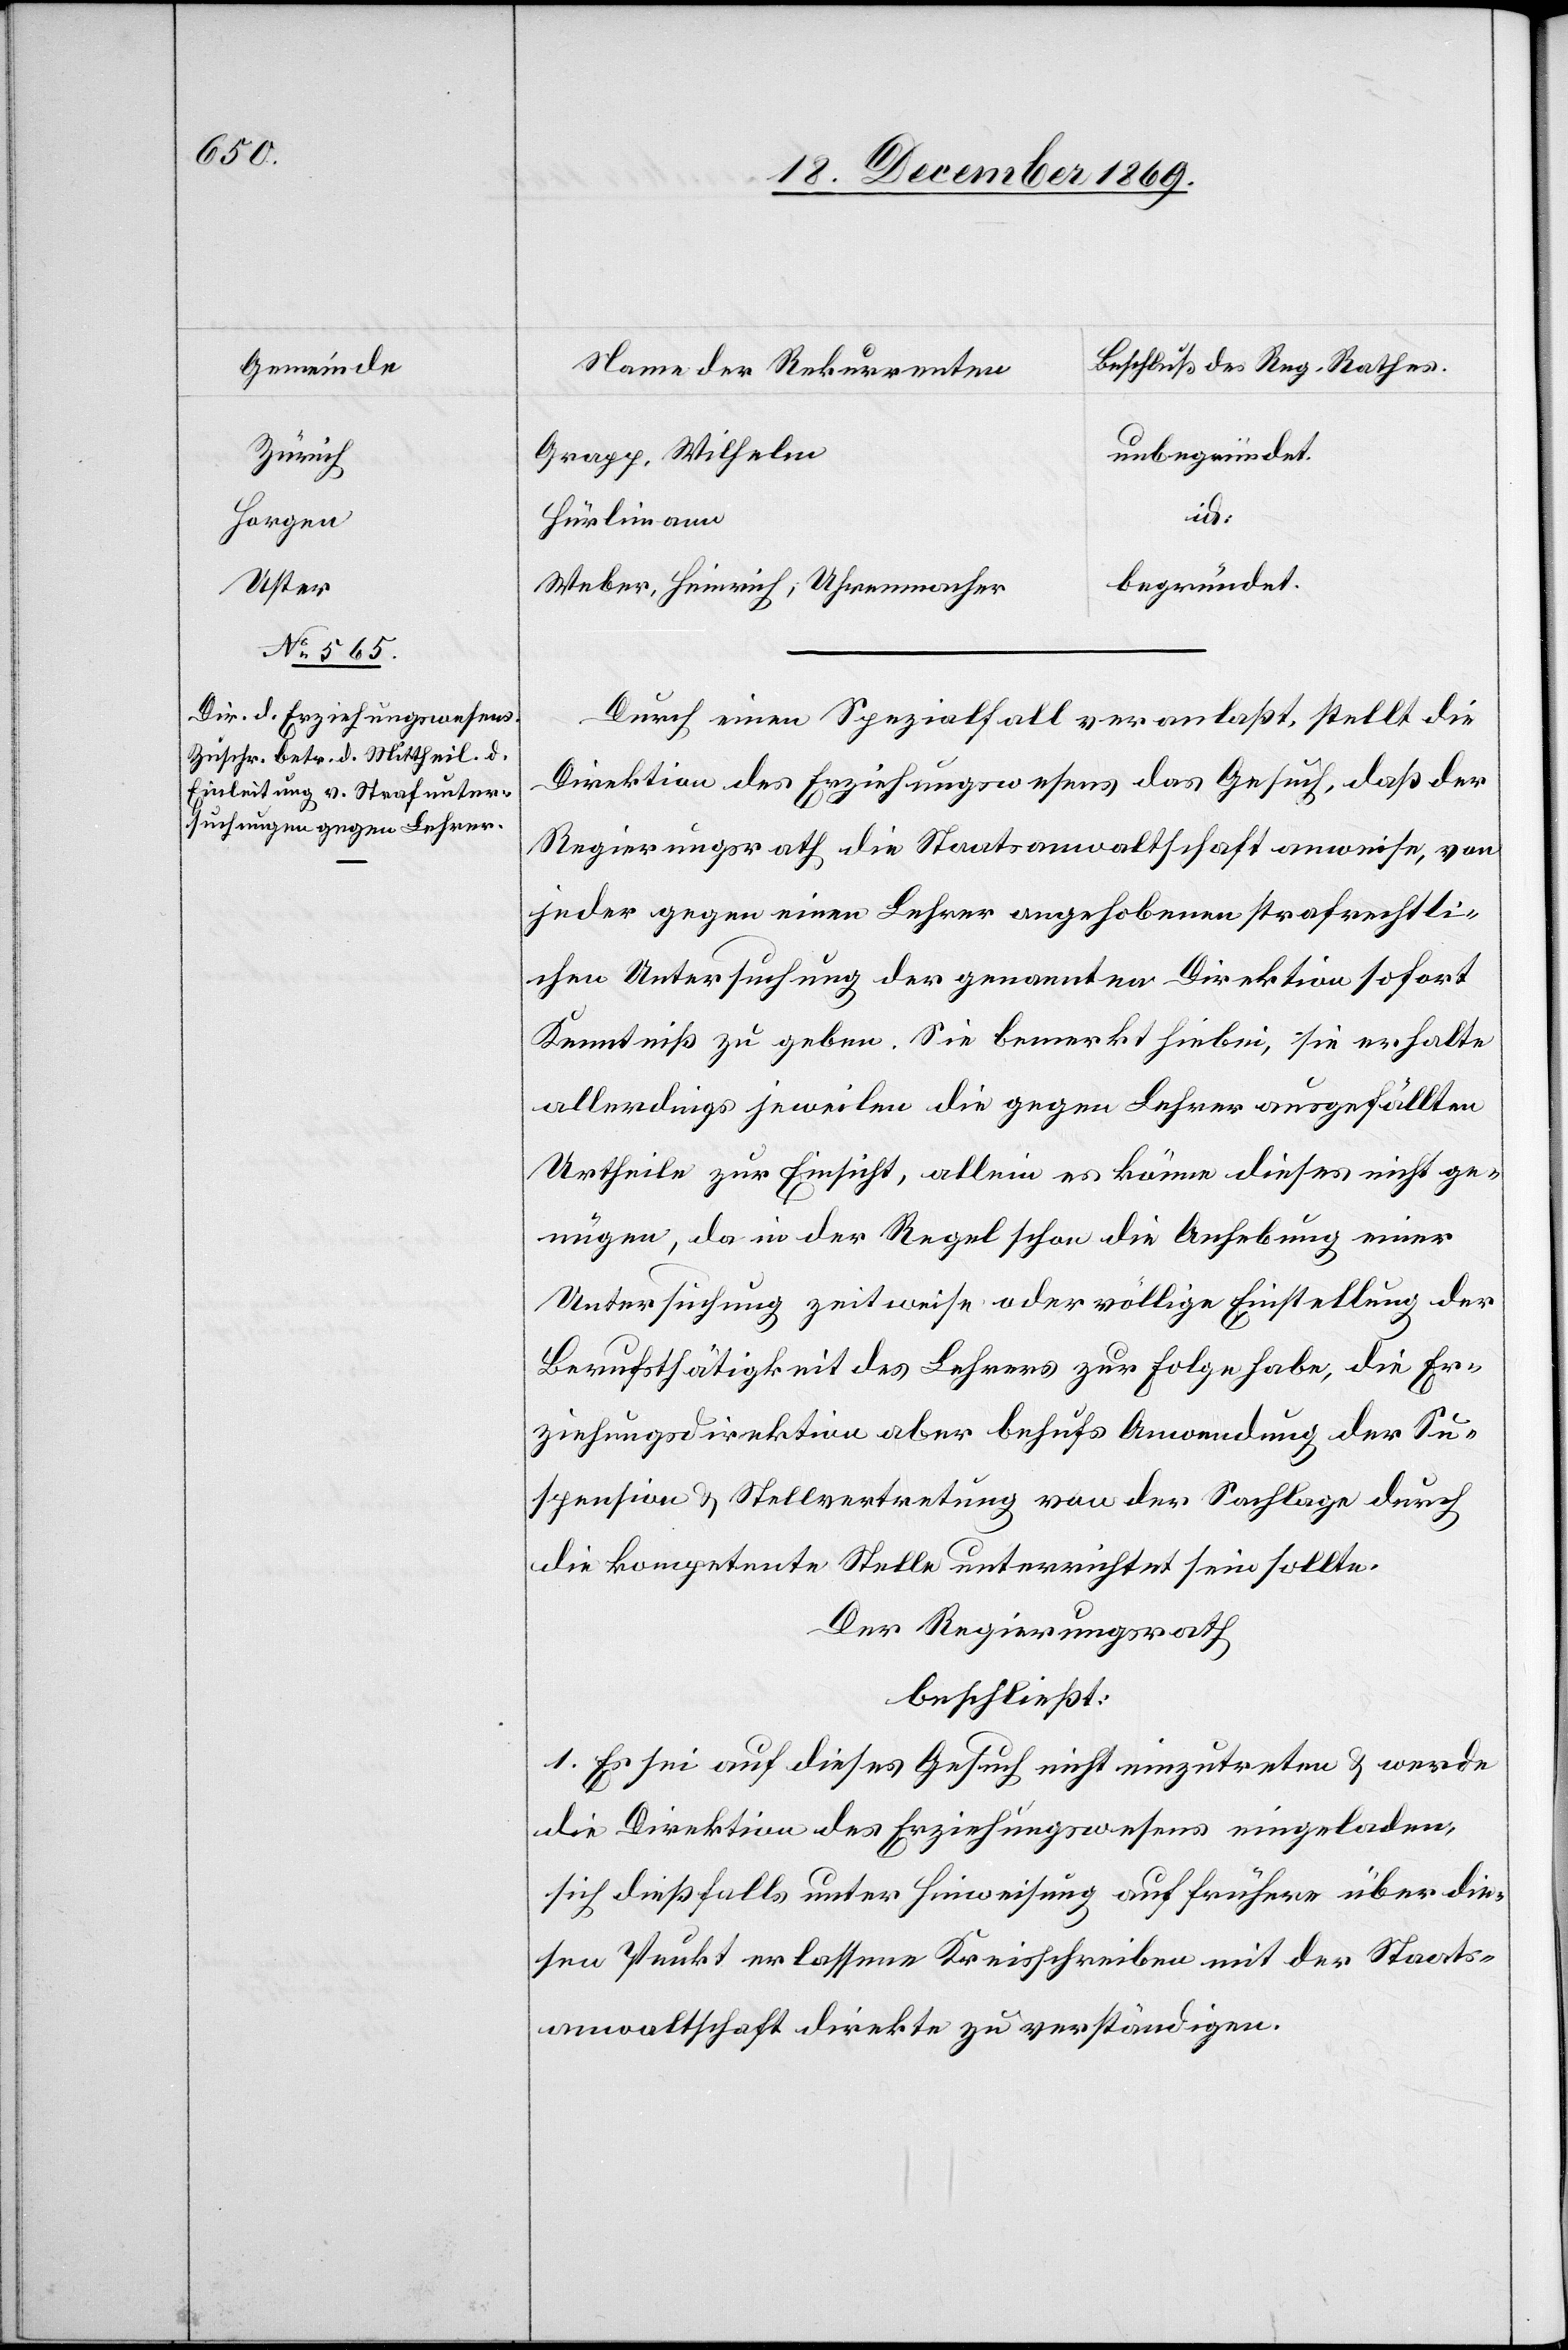
Zürich
Horgen
Uster

unbegründet.
Grapp, Wilhelm
id.
Hürlimann
begründet.
Weber, Heinrich, Uhrenmacher
Durch einen Spezialfall veranlaßt, stellt die
Direktion des Erziehungswesens das Gesuch, daß der
Regierungsrath die Staatsanwaltschaft anweise, von
jeder gegen einen Lehrer angehobenen strafrechtli¬
chen Untersuchung der genannten Direktion sofort
Kenntniß zu geben. Sie bemerkt hiebei, sie erhalte
allerdings jeweilen die gegen Lehrer ausgefällten
Urtheile zur Einsicht, allein es könne dieses nicht ge¬
nügen, da in der Regel schon die Anhebung einer
Untersuchung zeitweise oder völlige Einstellung der
Berufsthätigkeit des Lehrers zur Folge habe, die Er¬
ziehungsdirektion aber behufs Anwendung der Su¬
spension & Stellvertretung von der Sachlage durch
die kompetente Stelle unterrichtet sein sollte.
Der Regierungsrath
beschließt:
1. Es sei auf dieses Gesuch nicht einzutreten & werde
die Direktion des Erziehungswesens eingeladen,
sich dießfalls unter Hinweisung auf frühere über die¬
sen Punkt erlassene Kreisschreiben mit der Staats¬
anwaltschaft direkte zu verständigen.